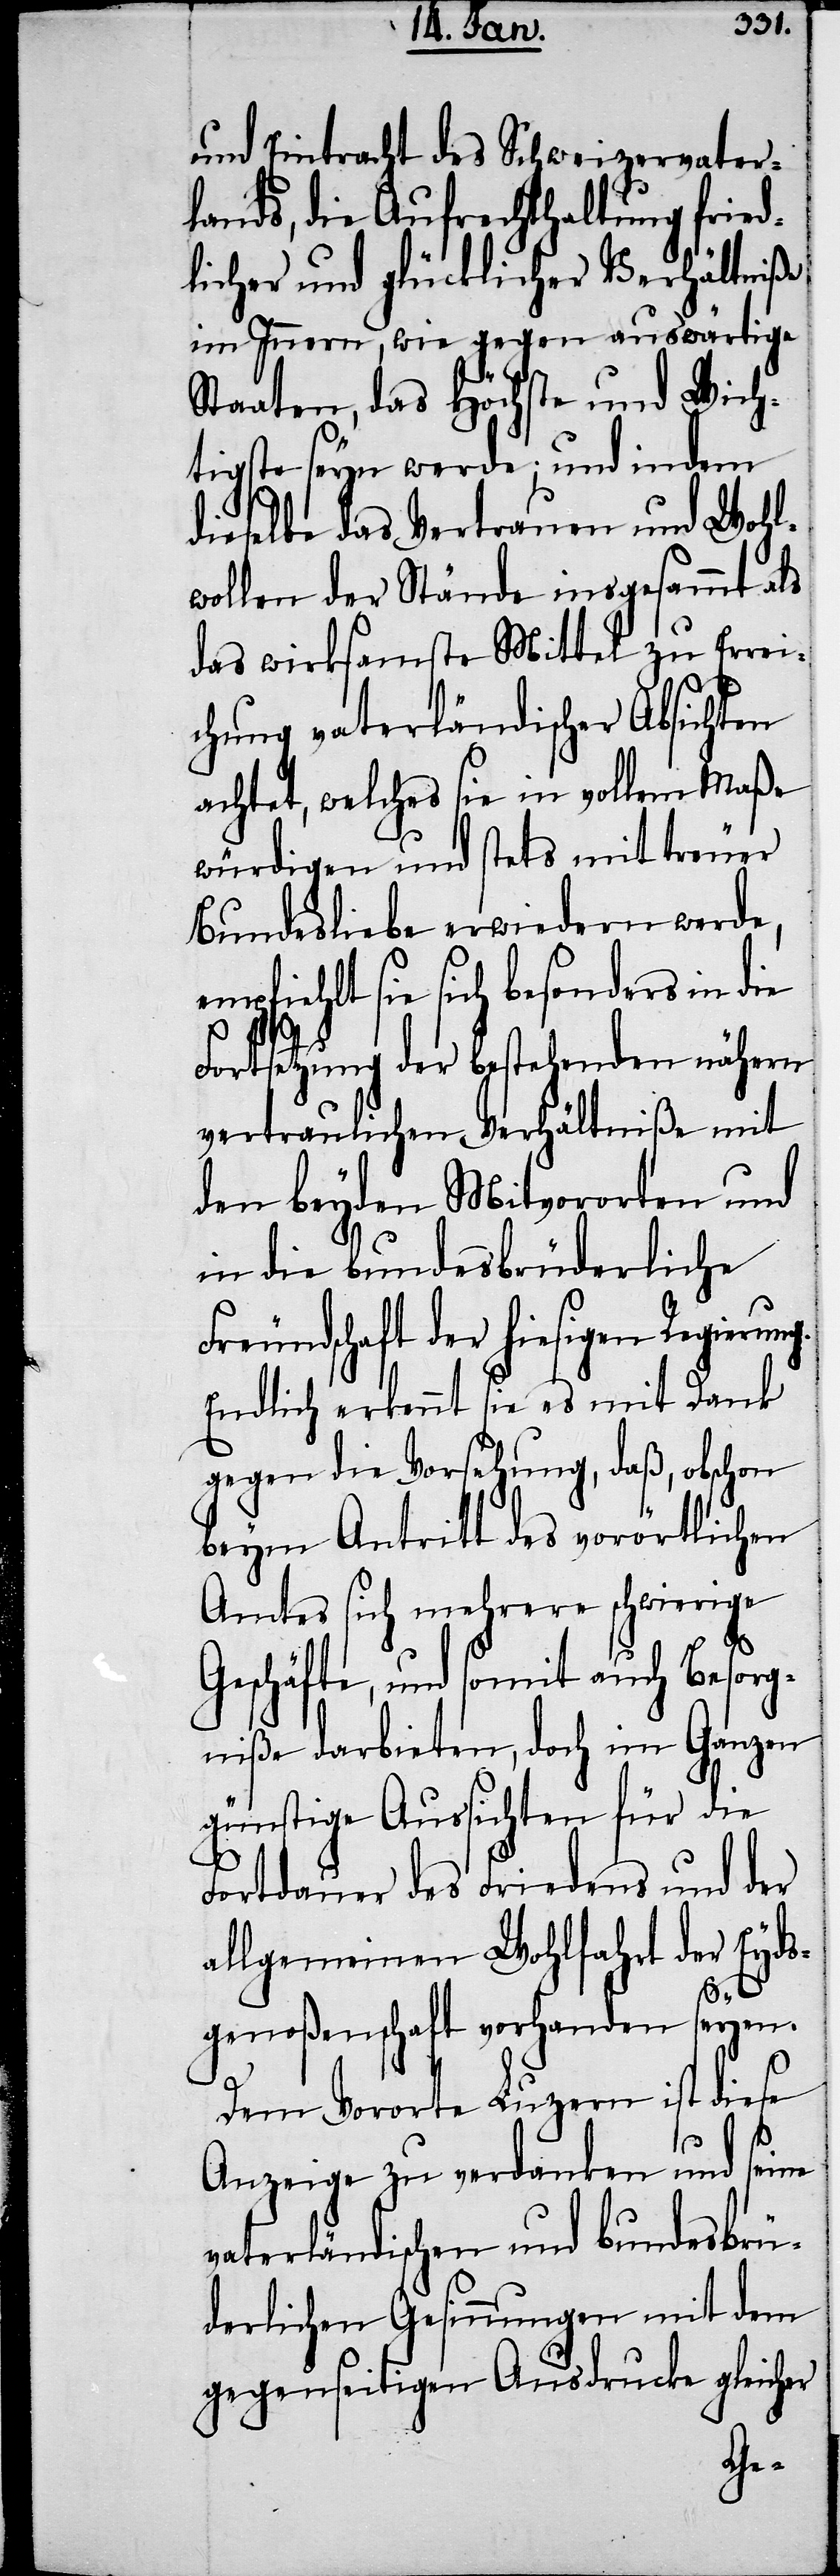
und Eintracht des Schweizervater¬
lands, die Aufrechthaltung fried¬
licher und glücklicher Verhältniße
im Innern, wie gegen auswärtige
Staaten, das Höchste und Wich¬
tigste seyn werde; und indem
dieselbe das Vertrauen und Wohl¬
wollen der Stände insgesammt als
das wirksamste Mittel zu Errei¬
chung vaterländischer Absichten
achtet, welches sie in vollem Maße
würdigen und stets mit treuer
Bundesliebe erwiedern werde,
empfiehlt sie sich besonders in die
Fortsetzung der bestehenden nähern
vertraulichen Verhältniße mit
den beyden Mitvororten und
in die bundesbrüderliche
Freundschaft der hiesigen Regierung.
Endlich erkennt sie es mit Dank
gegen die Vorsehung, daß, obschon
beym Antritt des vorörtlichen
Amtes sich mehrere schwierige
Geschäfte, und somit auch Besorg¬
niße darbieten, doch im Ganzen
günstige Aussichten für die
Fortdauer des Friedens und der
allgemeinen Wohlfahrt der Eyds¬
genoßenschaft vorhanden seyen.
Dem Vororte Luzern ist diese
Anzeige zu verdanken und seine
vaterländischen und bundesbrü¬
derlichen Gesinnungen mit dem
gegenseitigen Ausdrucke gleicher